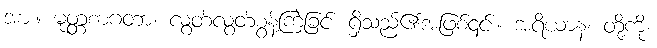
အား။ မုတ္တစာဂတာ၊ လွတ်လွတ်စွန့်ကြဲခြင်း ရှိသည်၏အဖြစ်၎င်း။ အရိယာနံ၊ တို့ကို။